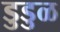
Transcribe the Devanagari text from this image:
डुडुळ